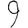
Digit: 9